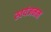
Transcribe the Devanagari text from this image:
स्वयंजनन